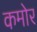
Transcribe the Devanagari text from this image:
कमोर